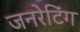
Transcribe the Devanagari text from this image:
जनरेटिंग